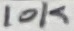
Text: 10K